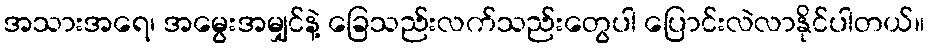
အသားအရေ၊ အမွေးအမျှင်နဲ့ ခြေသည်းလက်သည်းတွေပါ ပြောင်းလဲလာနိုင်ပါတယ်။